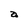
Character: a